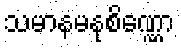
သမာနမနုစိဏ္ဏော